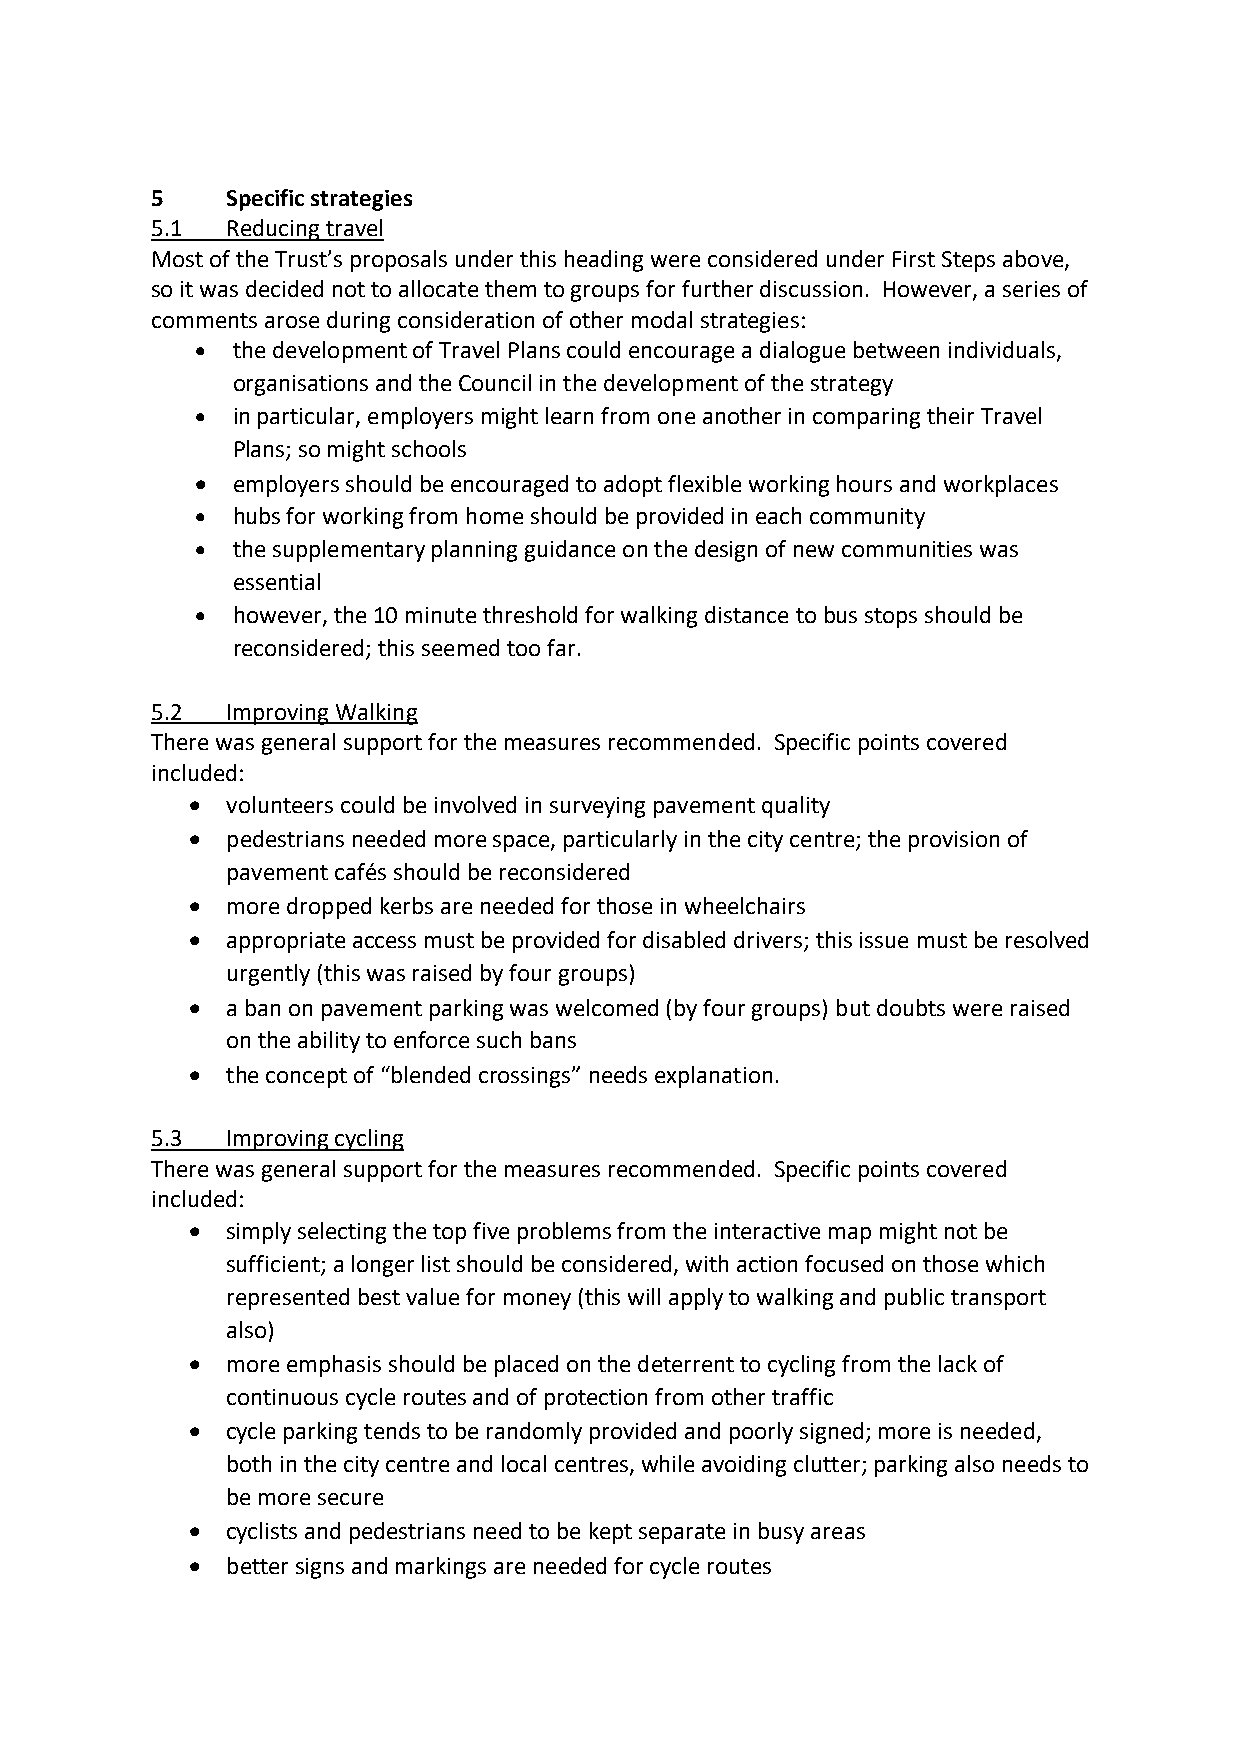
5    Specific strategies
 5.1  Reducing travel
 Most of the Trust’s proposals under this heading were considered under First Steps above,
 so it was decided not to allocate them to groups for further discussion. However, a series of
 comments arose during consideration of other modal strategies:
 • the development of Travel Plans could encourage a dialogue between individuals,
 organisations and the Council in the development of the strategy
 • in particular, employers might learn from one another in comparing their Travel
 Plans; so might schools
 • employers should be encouraged to adopt flexible working hours and workplaces
 • hubs for working from home should be provided in each community
 • the supplementary planning guidance on the design of new communities was
 essential
 • however, the 10 minute threshold for walking distance to bus stops should be
 reconsidered; this seemed too far.
 5.2  Improving Walking
 There was general support for the measures recommended. Specific points covered
 included:
 •  volunteers could be involved in surveying pavement quality
 •  pedestrians needed more space, particularly in the city centre; the provision of
 pavement cafés should be reconsidered
 •  more dropped kerbs are needed for those in wheelchairs
 •  appropriate access must be provided for disabled drivers; this issue must be resolved
 urgently (this was raised by four groups)
 •  a ban on pavement parking was welcomed (by four groups) but doubts were raised
 on the ability to enforce such bans
 •  the concept of “blended crossings” needs explanation.
 5.3  Improving cycling
 There was general support for the measures recommended. Specific points covered
 included:
 •  simply selecting the top five problems from the interactive map might not be
 sufficient; a longer list should be considered, with action focused on those which
 represented best value for money (this will apply to walking and public transport
 also)
 •  more emphasis should be placed on the deterrent to cycling from the lack of
 continuous cycle routes and of protection from other traffic
 •  cycle parking tends to be randomly provided and poorly signed; more is needed,
 both in the city centre and local centres, while avoiding clutter; parking also needs to
 be more secure
 •  cyclists and pedestrians need to be kept separate in busy areas
 •  better signs and markings are needed for cycle routes